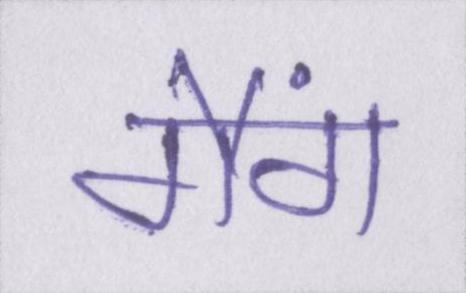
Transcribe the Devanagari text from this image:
गैंग